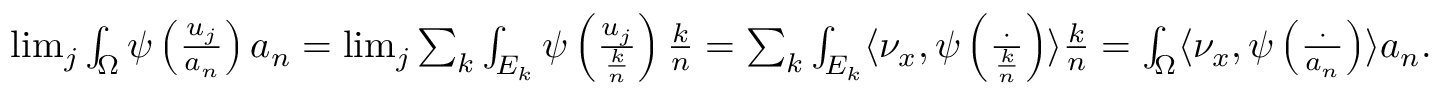
\begin{array} { r } { \operatorname* { l i m } _ { j } \int _ { \Omega } \psi \left( \frac { u _ { j } } { a _ { n } } \right) a _ { n } = \operatorname* { l i m } _ { j } \sum _ { k } \int _ { E _ { k } } \psi \left( \frac { u _ { j } } { \frac { k } { n } } \right) \frac { k } { n } = \sum _ { k } \int _ { E _ { k } } \langle \nu _ { x } , \psi \left( \frac { \cdot } { \frac { k } { n } } \right) \rangle \frac { k } { n } = \int _ { \Omega } \langle \nu _ { x } , \psi \left( \frac { \cdot } { a _ { n } } \right) \rangle a _ { n } . } \end{array}